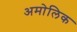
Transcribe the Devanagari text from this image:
अमोलिक